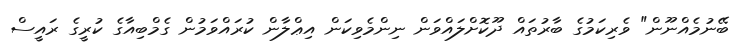
ބޭނުމެއްނޫން" ވެރިކަމުގެ ބާރުތައް ދޫކޮށްލައްވަން ނިންމެވިކަން އިޢްލާން ކުރައްވަމުން ގެމްބިއާގެ ކުރީގެ ރައީސް